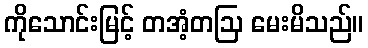
ကိုသောင်းမြင့် တအံ့တဩ မေးမိသည်။